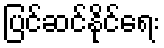
ပြင်ဆင်နိုင်ရေး